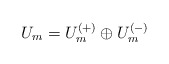
\begin{align*}U_m = U_m^{(+)} \oplus U_m^{(-)}\end{align*}